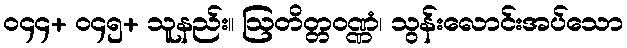
၀၄၄+ ၀၄၅+ သူနည်း။ ဩတိတ္တဝဏ္ဏံ၊ သွန်းလောင်းအပ်သော